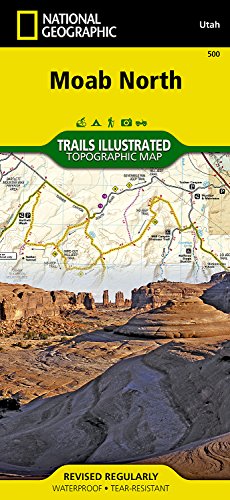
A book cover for Moab North (National Geographic Trails Illustrated Map); National Geographic Maps - Trails Illustrated; Travel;